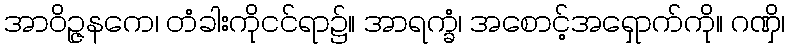
အာဝိဉ္ဇနကေ၊ တံခါးကိုငင်ရာ၌။ အာရက္ခံ၊ အစောင့်အရှောက်ကို။ ဂဏှိ၊